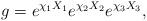
LaTeX: \begin{align*}g = e^{\chi_1 X_1} e^{\chi_2 X_2} e^{\chi_3 X_3},\end{align*}